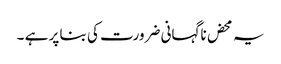
یہ محض ناگہانی ضرورت کی بنا پر ہے ۔